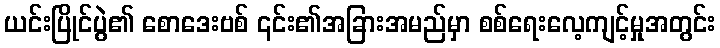
ယင်းပြိုင်ပွဲ၏ စောဒေးဗစ် ၎င်း၏အခြားအမည်မှာ စစ်ရေးလေ့ကျင့်မှုအတွင်း